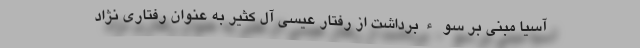
آسیا مبنی بر سوءبرداشت از رفتار عیسی آل کثیر به عنوان رفتاری نژاد